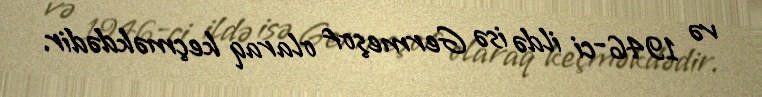
və 1946-ci ildə isə Germeşof olaraq keçməkdədir.